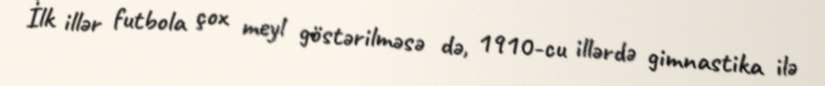
İlk illər futbola çox meyl göstərilməsə də, 1910-cu illərdə gimnastika ilə